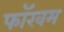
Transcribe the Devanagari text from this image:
फॉखम